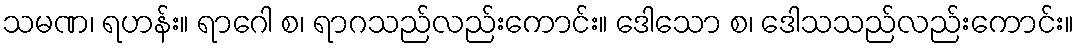
သမဏ၊ ရဟန်း။ ရာဂေါ စ၊ ရာဂသည်လည်းကောင်း။ ဒေါသော စ၊ ဒေါသသည်လည်းကောင်း။